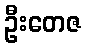
ဦးတေဇ